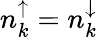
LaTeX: n_{k}^{\uparrow}=n_{k}^{\downarrow}